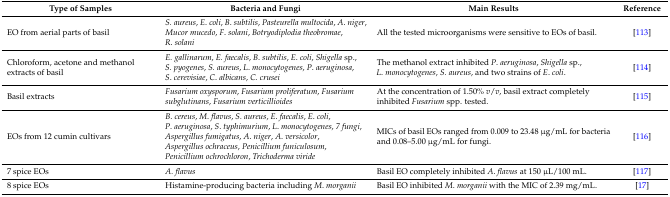
| Type of Samples | Bacteria and Fungi | Main Results | Reference |
 | --- | --- | --- | --- |
 | EO from aerial parts of basil | S. aureus, E. coli, B. subtilis, Pasteurella multocida, A. niger, Mucor mucedo, F. solani, Botryodiplodia theobromae, R. solani | All the tested microorganisms were sensitive to EOs of basil. | [113] |
 | Chloroform, acetone and methanol extracts of basil | E. gallinarum, E. faecalis, B. subtilis, E. coli, Shigella sp., S. pyogenes, S. aureus, L. monocytogenes, P. aeruginosa, S. cerevisiae, C. albicans, C. crusei | The methanol extract inhibited P. aeruginosa, Shigella sp., L. monocytogenes, S. aureus, and two strains of E. coli. | [114] |
 | Basil extracts | Fusarium oxysporum, Fusarium proliferatum, Fusarium subglutinans, Fusarium verticillioides | At the concentration of 1.50% v/v, basil extract completely inhibited Fusarium spp. tested. | [115] |
 | EOs from 12 cumin cultivars | B. cereus, M. flavus, S. aureus, E. faecalis, E. coli, P. aeruginosa, S. typhimurium, L. monocytogenes, 7 fungi, Aspergillus fumigatus, A. niger, A. versicolor, Aspergillus ochraceus, Penicillium funiculosum, Penicillium ochrochloron, Trichoderma viride | MICs of basil EOs ranged from 0.009 to 23.48 μg/mL for bacteria and 0.08–5.00 μg/mL for fungi. | [116] |
 | 7 spice EOs | A. flavus | Basil EO completely inhibited A. flavus at 150 μL/100 mL. | [117] |
 | 8 spice EOs | Histamine-producing bacteria including M. morganii | Basil EO inhibited M. morganii with the MIC of 2.39 mg/mL. | [17] |